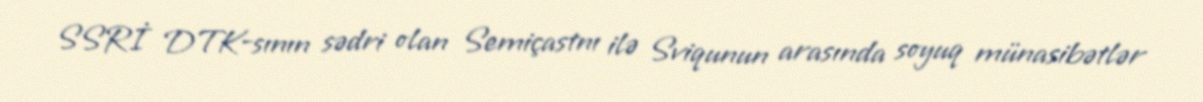
SSRİ DTK-sının sədri olan Semiçastnı ilə Sviqunun arasında soyuq münasibətlər